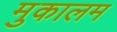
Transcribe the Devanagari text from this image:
मुकालम